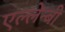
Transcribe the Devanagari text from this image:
एल्लेन्बी